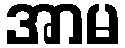
အာမ